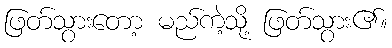
ဖြတ်သွားတော့ မည်ကဲ့သို့ ဖြတ်သွား၏။